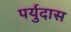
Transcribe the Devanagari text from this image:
पर्युदास